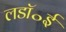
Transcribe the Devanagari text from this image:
लडॉ॰ई